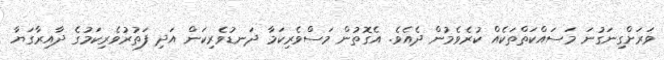
ވަރަށްގިނަގުނަ މަސައްކަތްތަކެއް ކުރެވެމުން ދެއެވެ. އެގޮތުން މަސްވެރިކަމާ ދަނޑުވެރިކަން އަދި ފަތުރުވެރިކަމުގެ ދާއިރާގަޔާ